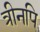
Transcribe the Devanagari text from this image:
त्रीनपि